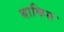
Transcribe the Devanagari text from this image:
बाकिस